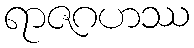
ရာဇဂဟဿ